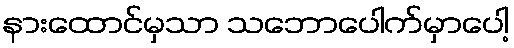
နားထောင်မှသာ သဘောပေါက်မှာပေါ့